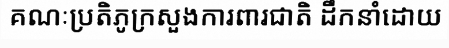
គណៈប្រតិភូក្រសួងការពារជាតិ ដឹកនាំដោយ